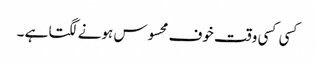
کسی کسی وقت خوف محسوس ہونے لگتا ہے ۔